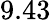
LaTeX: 9.43